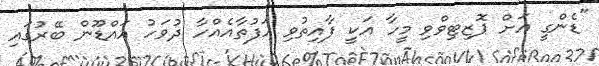
"ޑެންގީ އަށް ޕޮޒިޓިވްވި މީހާ އަކީ ފާއިތުވި ހަފުތާއެއްހާ ދުވަހު އައްޑޫން ބޭރުގައި